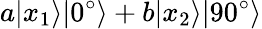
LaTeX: a|x_{1}\rangle|0^{\circ}\rangle+b|x_{2}\rangle|90^{\circ}\rangle